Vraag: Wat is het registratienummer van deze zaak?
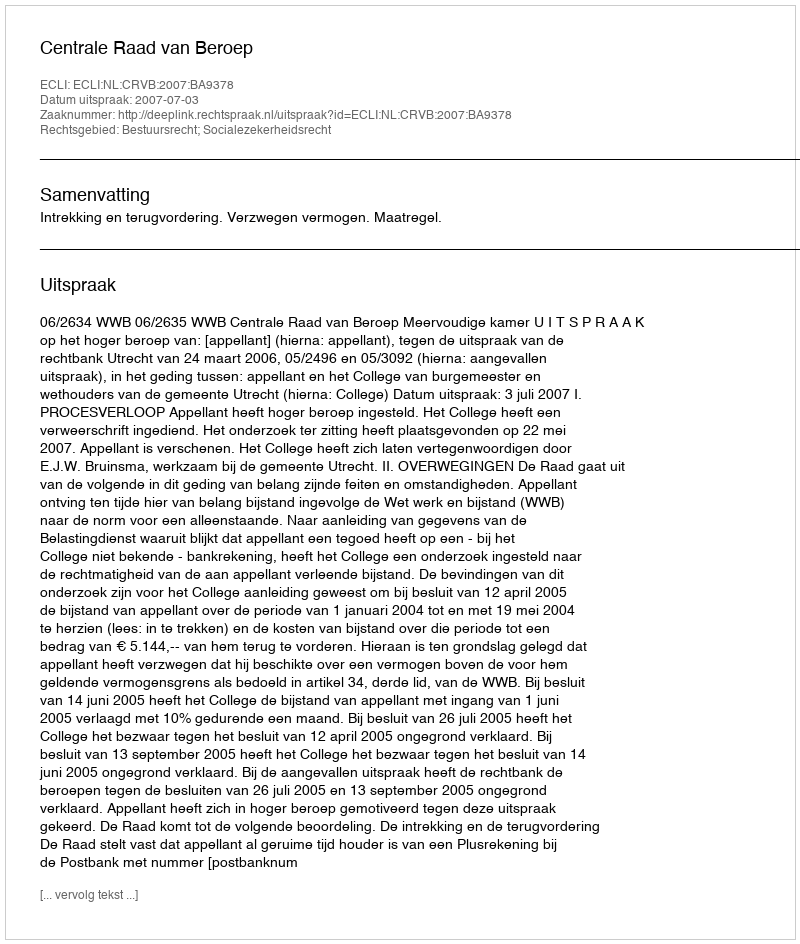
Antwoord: http://deeplink.rechtspraak.nl/uitspraak?id=ECLI:NL:CRVB:2007:BA9378